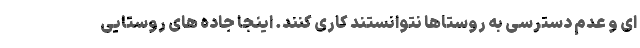
ای و عدم دسترسی به روستاها نتوانستند کاری کنند. اینجا جاده های روستایی